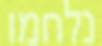
נלחמו